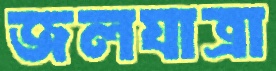
জলযাত্রা